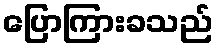
ပြောကြားခသည်